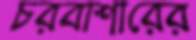
চরবাশারের